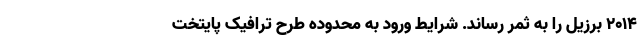
۲۰۱۴ برزیل را به ثمر رساند. شرایط ورود به محدوده طرح ترافیک پایتخت